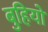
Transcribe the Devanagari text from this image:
बुहियो